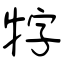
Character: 牸